Annual administration and progress report of the Indian Medical Department, Bombay
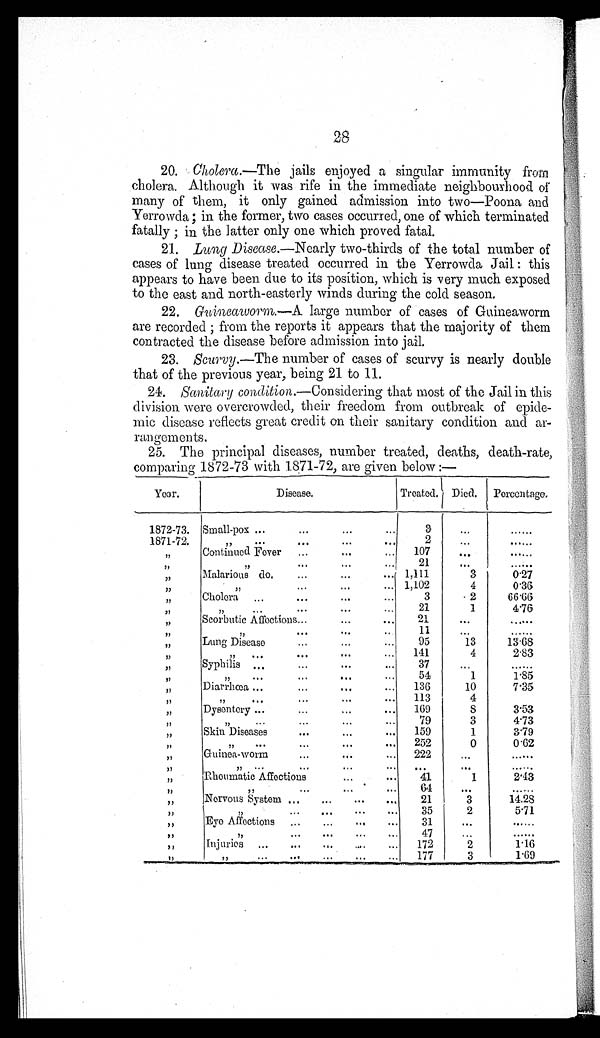
28
20. Cholera.—The jails enjoyed a singular immunity from
c h o l e r a . A l t h o u g h i t w a s r i f e i n t h e i m m e d i a t e n e i g h b o u r h o o d o f
many of them, it only gained admission into two—Poona and
Yerrowda; in the former, two cases occurred, one of which terminated
fatally ; in the latter only one which proved fatal.
21. Lung Disease.—Nearly two-thirds of the total number of
cases of lung disease treated occurred in the Yerrowda Jail : this
appears to have been due to its position, which is very much exposed
to the east and north-easterly winds during the cold season,
22.
Guineaworm.—A large number of cases of Guineaworm
are recorded ; from the reports it appears that the majority of them
contracted the disease before admission into jail.
23. Scurvy.—The number of cases of scurvy is nearly double
that of the previous year, being 21 to 11.
24. Sanitary condition.—Considering that most of the Jail in this
division were overcrowded, their freedom from outbreak of epide-
mic disease reflects great credit on their sanitary condition and ar-
rangements.
25. The principal diseases, number treated, deaths, death-rate,
comparing 1872-73 with 1871-72, are given below :—
Year.
D i s e a s e .
Treated. Died.
Percentage.
1872-73. Small-pox
3
...
...
1871-72.
"
2
. . .
. . .
"
C o n t i n u e d F o v e r
107
. . .
. . .
"
"
2 1
. . .
. . .
"
M a l a r i o u s d o .
1 , 1 1 1
3
0 . 2 7
"
"
1 , 1 0 2
4
0 . 3 6
"
c h o l e r a
3
2
6 6 . 6 6
"
" 21
1
4 . 7 6
"
S c o r b u t i c A f f e c t i o n s
21
. . .
. . .
"
"
..
11
. . .
......
"
L u n g D i s e a s e
95
13
1 3 . 6 8
"
"
141
4
2 . 8 3
"
S y p h i l i s
37
. . .
......
"
"
54
1
1 . 8 5
"
D i a r
r h œ a 136
10
7 . 3 5
"
" 113
4
"
Dysentery
169
S
3 . 5 3
"
"..
79
3
4 . 7 3
"
S k i n
D i s e a s e
s 159
1
3 . 7 9
"
"
252
0
0 . 6 2
"
Guinea-worm
222
. . .
. . . . . . . . .
"
"
. . .
. . . . . .
. . . . . . . . .
"
Rheumatic Affections
41
1
2 . 4 3
"
"
6 4
. . .
....
"
N e r v o u s S y s t e m
21
3
1 4 . 2 8
"
"
35
2
5 . 7 1
"
E y e A f f e c t i o n
31
. . .
. . .
"
"
4 7
. . .
. . .
"
Injuries
172
2
1 . 1 6
"
' '
177
3
1 . 6 9